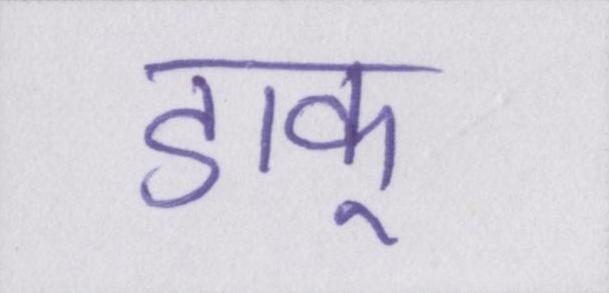
डाकू